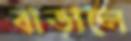
বাড়ালে